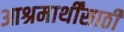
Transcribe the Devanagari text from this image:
आश्रमार्थींसाठी